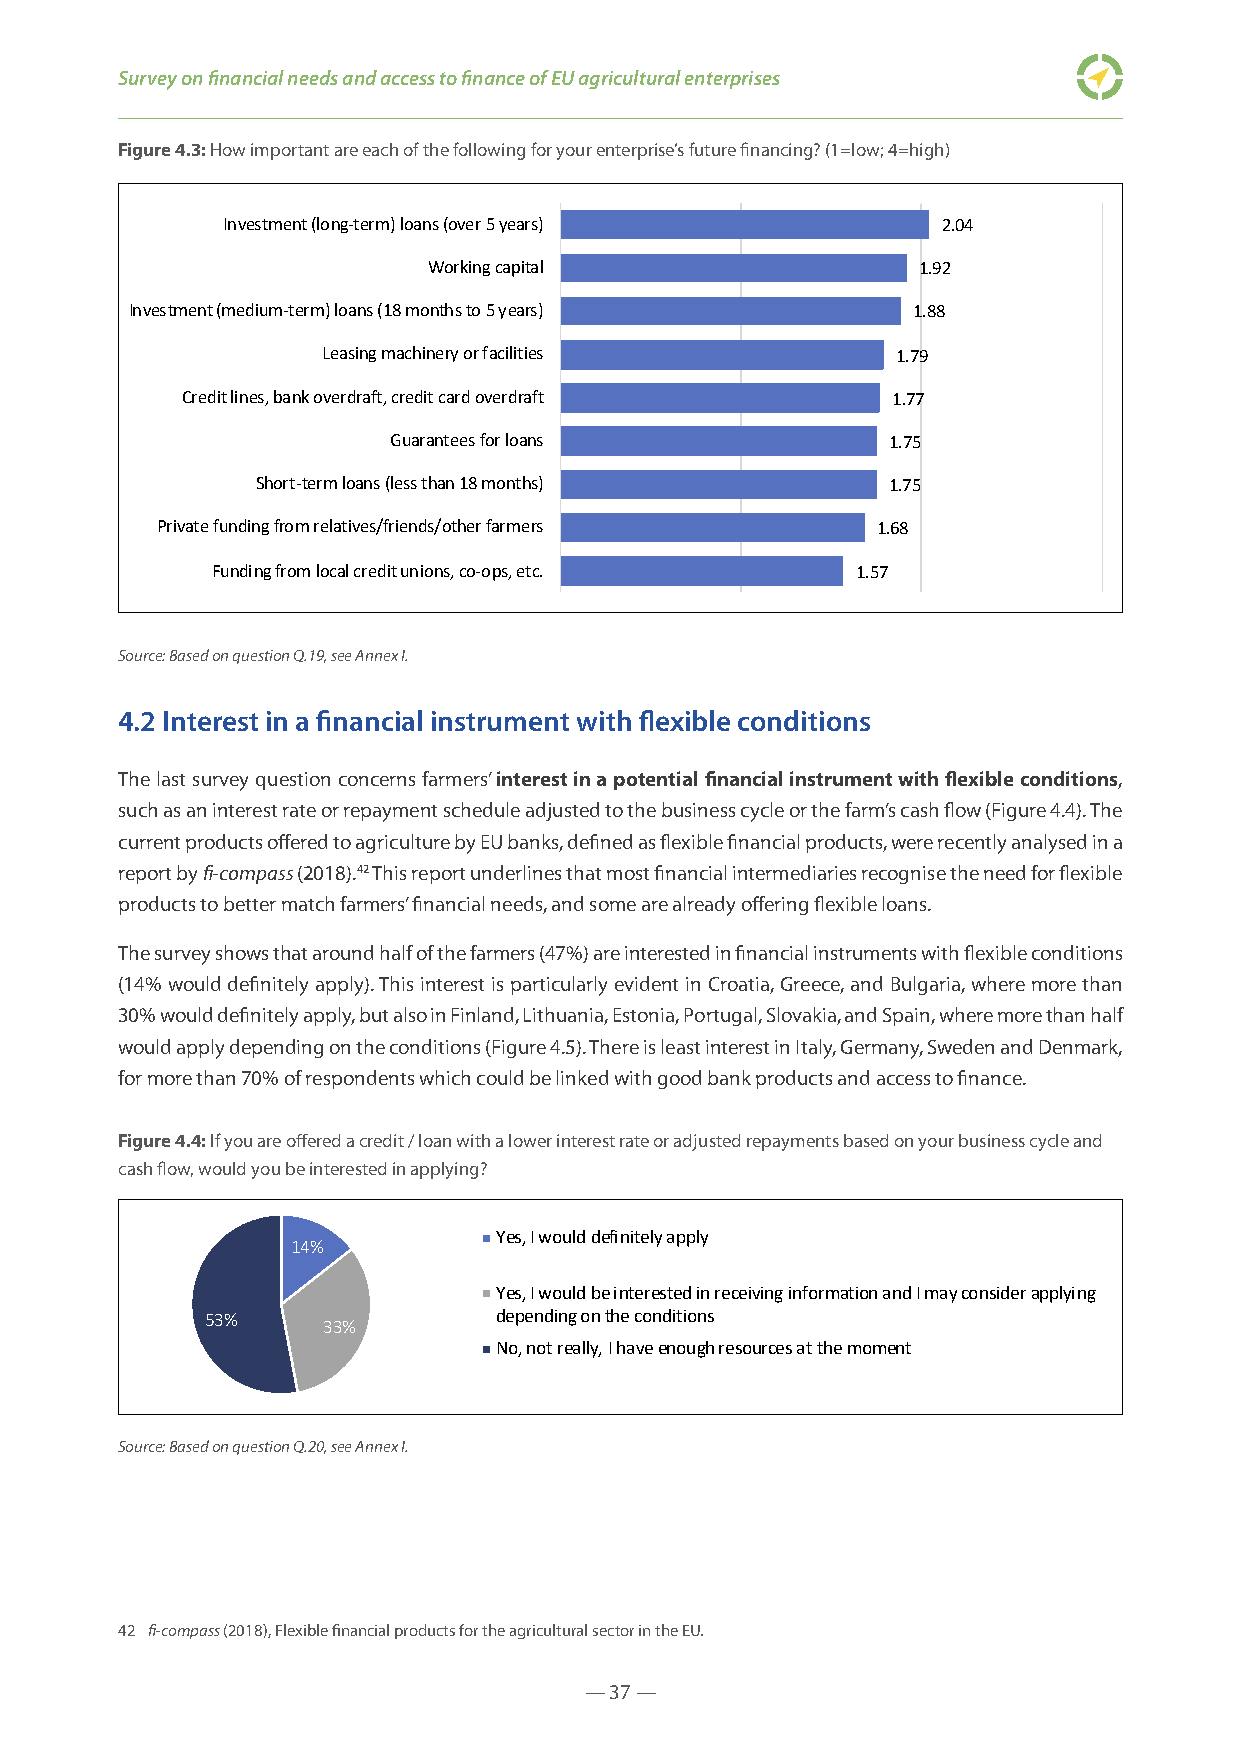
Survey on financial needs and access to finance of EU agricultural enterprises
 Figure 4.3: How important are each of the following for your enterprise’s future financing? (1=low; 4=high)
 Investment (long-term) loans (over 5 years)    2.04
 Working capital                  1.92
 Investment (medium-term) loans (18 months to 5 years) 1.88
 Leasing machinery or facilities       1.79
 Credit lines, bank overdraft, credit card overdraft 1.77
 Guarantees for loans             1.75
 Short-term loans (less than 18 months)    1.75
 Private funding from relatives/friends/other farmers 1.68
 Funding from local credit unions, co-ops, etc. 1.57
 Source: Based on question Q.19, see Annex I.
 4.2 Interest in a financial instrument with flexible conditions
 The last survey question concerns farmers’ interest in a potential financial instrument with flexible conditions,
 such as an interest rate or repayment schedule adjusted to the business cycle or the farm’s cash flow (Figure 4.4). The
 current products offered to agriculture by EU banks, defined as flexible financial products, were recently analysed in a
 report by fi-compass (2018).42 This report underlines that most financial intermediaries recognise the need for flexible
 products to better match farmers’ financial needs, and some are already offering flexible loans.
 The survey shows that around half of the farmers (47%) are interested in financial instruments with flexible conditions
 (14% would definitely apply). This interest is particularly evident in Croatia, Greece, and Bulgaria, where more than
 30% would definitely apply, but also in Finland, Lithuania, Estonia, Portugal, Slovakia, and Spain, where more than half
 would apply depending on the conditions (Figure 4.5). There is least interest in Italy, Germany, Sweden and Denmark,
 for more than 70% of respondents which could be linked with good bank products and access to finance.
 Figure 4.4: If you are offered a credit / loan with a lower interest rate or adjusted repayments based on your business cycle and
 cash flow, would you be interested in applying?
 Yes, I would definitely apply
 14%
 Yes, I would be interested in receiving information and I may consider applying
 53%                depending on the conditions
 33%
 No, not really, I have enough resources at the moment
 Source: Based on question Q.20, see Annex I.
 42 fi-compass (2018), Flexible financial products for the agricultural sector in the EU.
 — 37 —